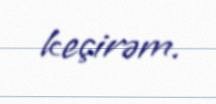
keçirəm.